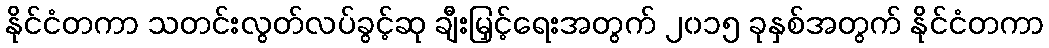
နိုင်ငံတကာ သတင်းလွတ်လပ်ခွင့်ဆု ချီးမြှင့်ရေးအတွက် ၂၀၁၅ ခုနှစ်အတွက် နိုင်ငံတကာ